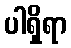
ပါရှိရာ